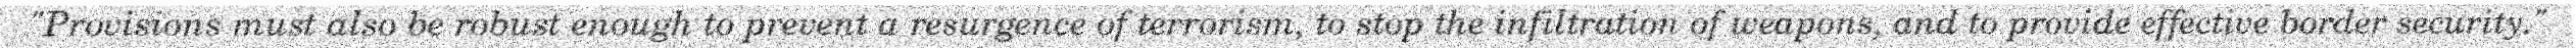
"Provisions must also be robust enough to prevent a resurgence of terrorism, to stop the infiltration of weapons, and to provide effective border security."